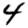
Digit: 4